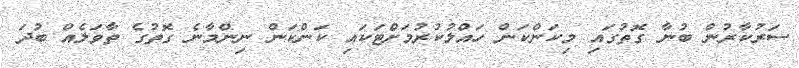
ސަރުކާރުން ބުނާ ގޮތުގައި މިކަންކަން ހައްލުކުރުމަށްޓަކައި ކަންކަން ނިންމާނެ ގޮތުގެ ތާވަލެއް ބުދަ